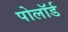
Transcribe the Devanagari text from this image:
पोलॉर्ड